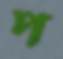
প